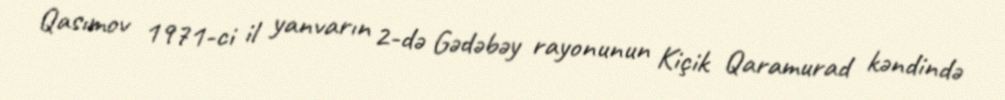
Qasımov 1971-ci il yanvarın 2-də Gədəbəy rayonunun Kiçik Qaramurad kəndində